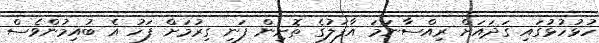
ހުޅުހުޅުގައި ގަދައަށް ރިއްސާނަމަ އާފަލުގެ ތޮށިން ފަނި ގިރުމަށް ފަހު އެ ބުއިމުންވެސް